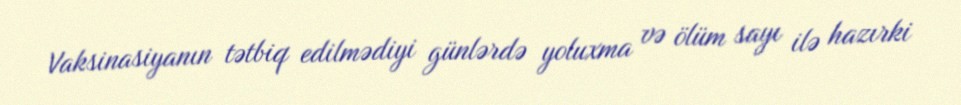
Vaksinasiyanın tətbiq edilmədiyi günlərdə yoluxma və ölüm sayı ilə hazırki